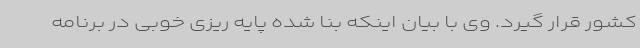
کشور قرار گیرد. وی با بیان اینکه بنا شده پایه ریزی خوبی در برنامه